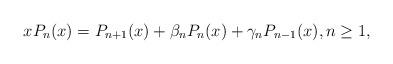
LaTeX: \begin{align*}xP_{n}(x)=P_{n+1}(x)+\beta_{n}P_{n}(x)+\gamma_{n}P_{n-1}(x),n\geq1,\end{align*}